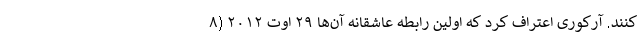
کنند. آرکوری اعتراف کرد که اولین رابطه عاشقانه آن‌ها ۲۹ اوت ۲۰۱۲ (۸